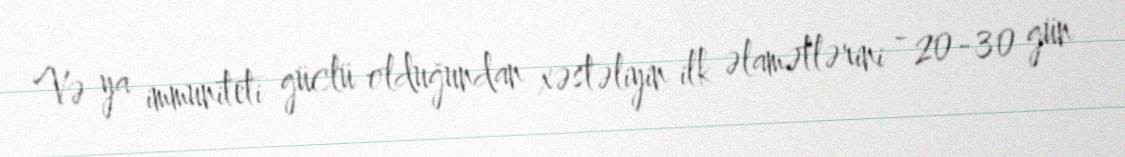
Və ya immuniteti güclü olduğundan xəstəliyin ilk əlamətlərini - 20-30 gün